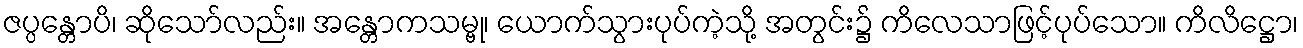
ဇပ္ပန္တောပိ၊ ဆိုသော်လည်း။ အန္တောကသမ္ဗု၊ ယောက်သွားပုပ်ကဲ့သို့ အတွင်း၌ ကိလေသာဖြင့်ပုပ်သော။ ကိလိဋ္ဌော၊